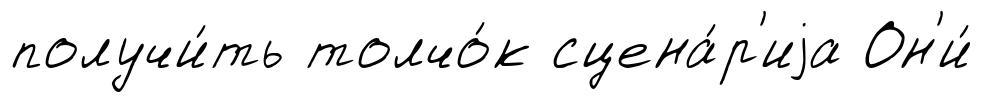
получи́ть толчо́к сцена́р'иjа Он'и́